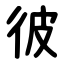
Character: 彼